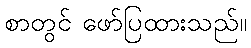
စာတွင် ဖော်ပြထားသည်။